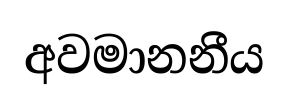
අවමානනීය